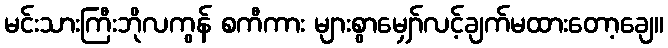
မင်းသားကြီးဘိုလကွန် စကီကား များစွာမျှော်လင့်ချက်မထားတော့ချေ။